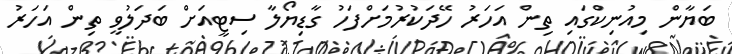
ބަޔާން މިއުނިކްގައި ތިން އަހަރު ހޭދަކުރުމަށްފަހު ގާޑިޔޯލާ ސިޓީއަށް ބަދަލުވީ ތިން އަހަރު